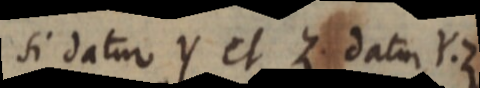
si datur Y et Z datur Y. Z